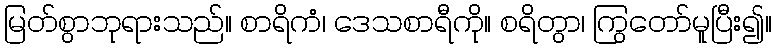
မြတ်စွာဘုရားသည်။ စာရိကံ၊ ဒေသစာရီကို။ စရိတွာ၊ ကြွတော်မူပြီး၍။